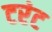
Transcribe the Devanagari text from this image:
टरंट